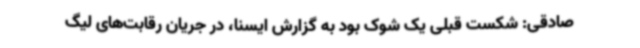
صادقی: شکست قبلی یک شوک بود به گزارش ایسنا، در جریان رقابت‌های لیگ